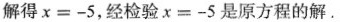
解得＄＄χ = - 5＄＄，经检验＄＄x = - 5＄＄是原方程的解。